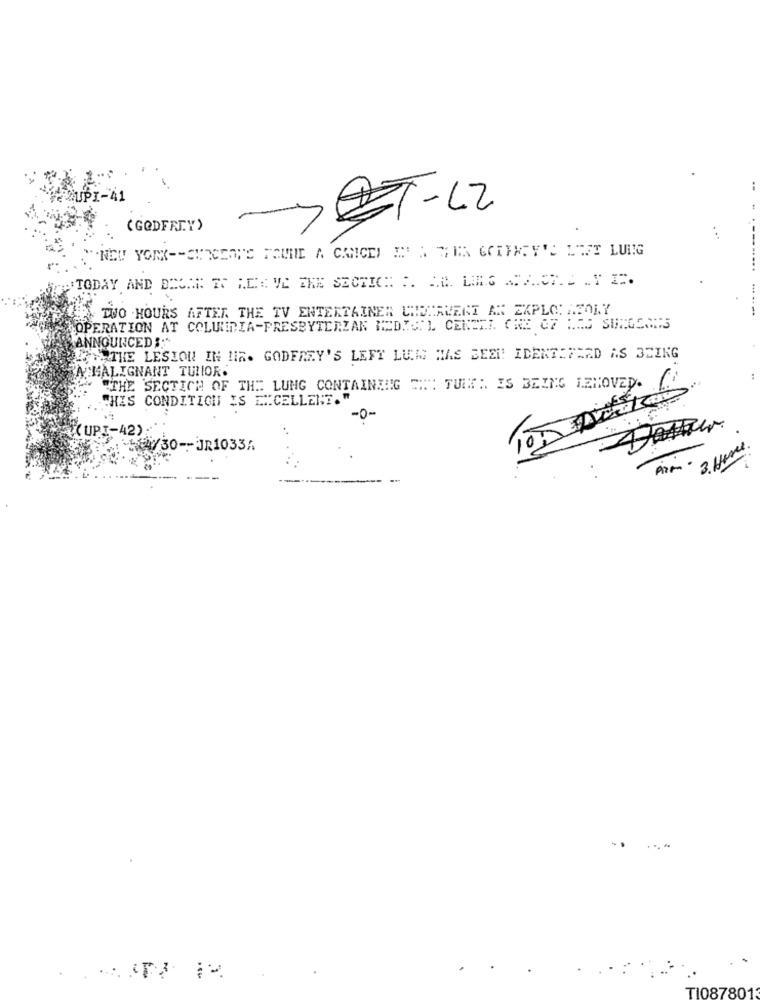
BI-41
AZT-LZ
( GODFREY)
...
TODAY AND DEUNE WS HEX VE CKE SECTICH: P. A.L. LING S. A. C7. S .T IF.
... .
TWO HOURS AFTER THE TV ENTERTAINER CADEAUERT AN EXPLOI AFOLY
OPERATION AT COLUMBIA-PRESBYTERIAN MEDISIL CENERI CHE G7 NES SURGONS
ANNOUNCED ::
LOHATHE LESION IN MIR. GODFREY'S LEFT LUIS HAS BEEN! IDENTIFIED AS BEING
RA MALIGNANT TULIOR.
"THE SECTION OF THE LUNG CONTAINING "I": TUIN: IS BEING LEHOVED. 6
THIS CONDITION IS EXCELLENT. "
-0-
CUPI-42)
: 54/30 -- JR1033A
3. Here
Aim -
TI087801